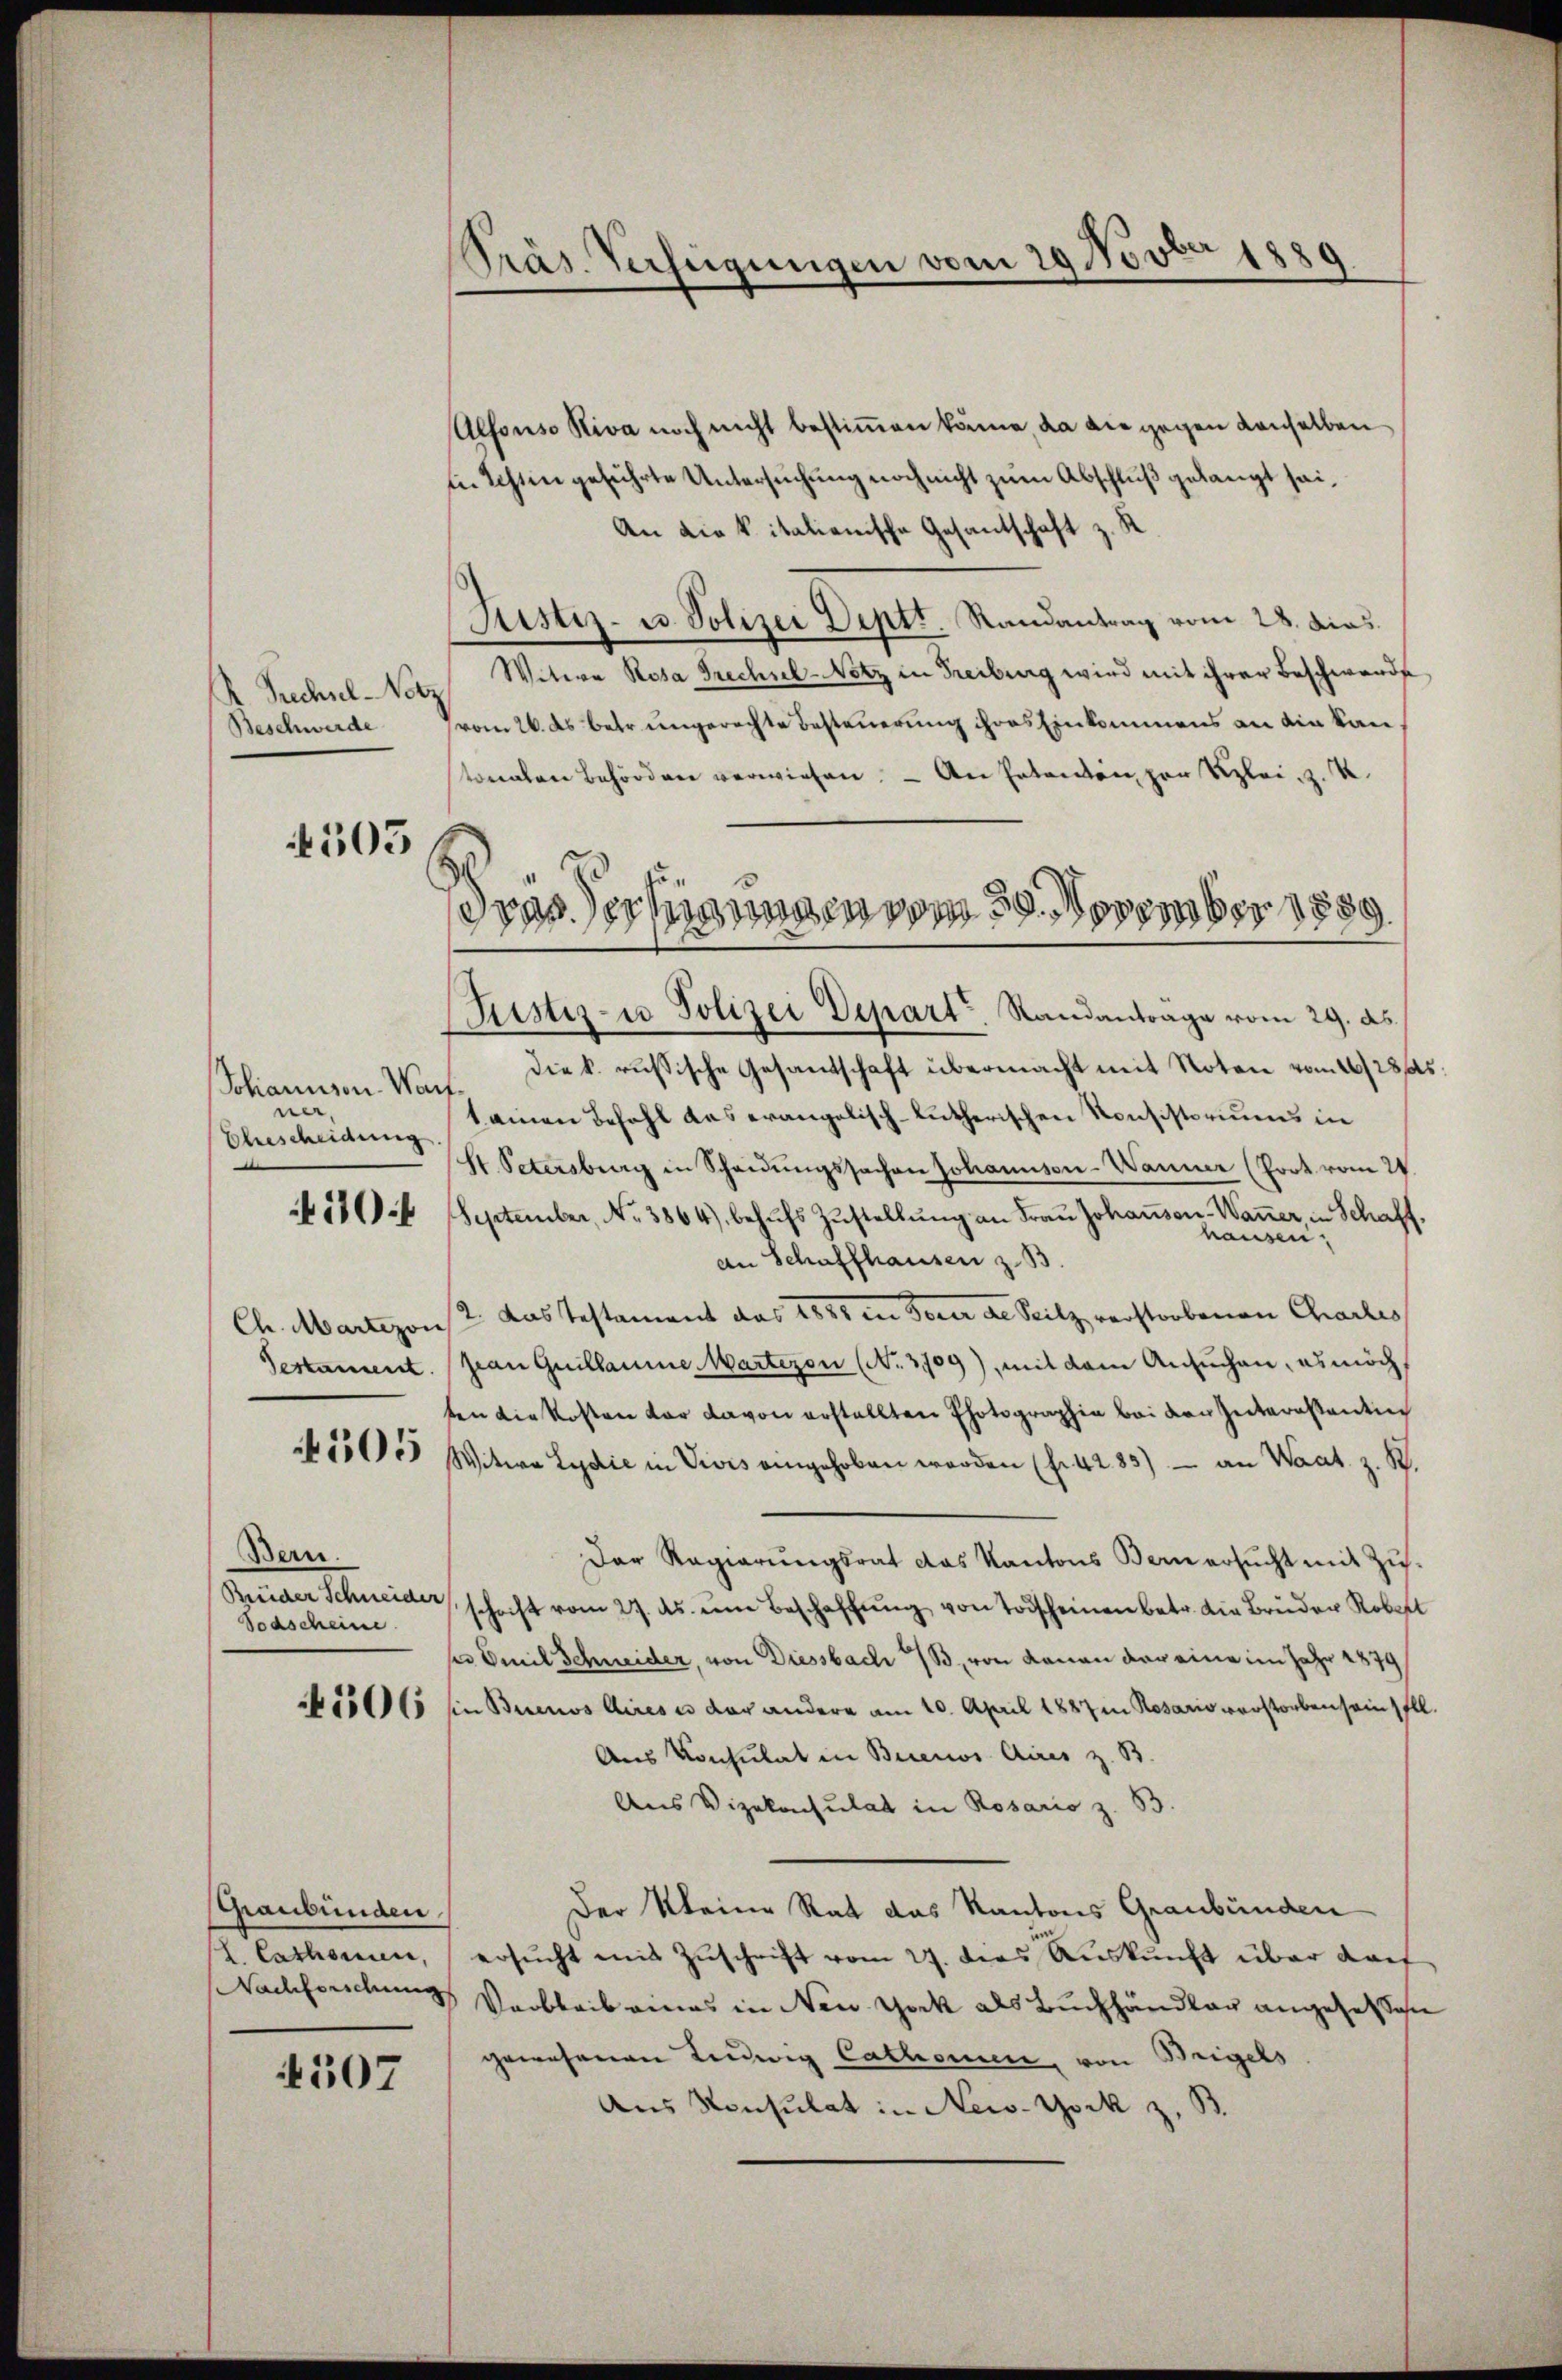
A. Rechnl-Notz
Beschwerde

4505

Solianison. Warf
ner
Ehescheidung

10

Gestament

505

Bern.
Todscheine

506

Graubünden,
s. Catharin,

4507

PPräs. Verfügungen vom 29 Novber 1889

dras Verheinungen vom 29. November 1889.

Alfonso Riva noch nicht bestimmen könne, da die gegen denselben
n Echten geführte Untersuchung noch nicht zum Abschluß gelangt sei¬
An die k. italienische Gesantschaft z. B.
Justiz- u. Polizei Deptt. Randantrag vom 28. dies
Witwe Rosa Frechsel-Notz in Freiburg wird mit ihrer Beschwande
(vom 26. ds betr. ungerechte Besteuerung ihres Einkommens an die kan
tonalen Behörden verwiesen. — An Petenten per Kleiz. R.
Sistiz- u Polizei Depart Standanträge vom 29. ds.
die k. russische Gesandschaft übermacht mit Noten vom 16/23
t einen Befehl des evangelisch-lutherischen Konsistoriums in
St. Petersburg in Scheidŭngssachen Johannisen-Wanne (Port vom 24.
September, No 3864), behŭfs Zustellung an Frau Johansen-Waner, in Schaft
van
zenan Schaffhausen z. B.
Ch. Martezon? Das Testament das 1888 in Feuer de Seilz verstorbenen Charles
pian Guillaume Martezon (No. 3109), mit dem Ansuchen, es möch
ten die Kosten vor davon erstellten Photographie bei der Interastentin
Witwe Lydie in Vivis eingehoben worden (fr. 4283) an Waat z. R.
Der Regierungsrat das Kantons Bern ersucht mit Zu-
Brüder Schneider, schrift vom 27. ds. ŭm Beschaffŭng von Todscheinen betr. die Brüder Robert
r Emil Schneider, von Diessbach 183, von Kanon der eine im Jahr 1879
in Buenos Aires u der andere am 10. April 1887 in Rosario verstorben sein Ell
Aus Konsulat in Buenos Aires z. B.
Aus Vizekonsulat in Rosario z. 53.
Der Kleine Rat das Kantons Graubünden
ersŭcht mit Zuschrift vom 27. dies Auskunft über darf
Nachforschung Verbleib eines in New York als Buchhändler angehet sich
gewesenen Leuwig Cathenen, von Beigels
Aus Konsulat in New-York z. B.